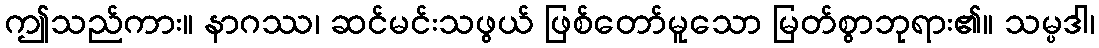
ဤသည်ကား။ နာဂဿ၊ ဆင်မင်းသဖွယ် ဖြစ်တော်မူသော မြတ်စွာဘုရား၏။ သမ္ပဒါ၊